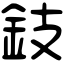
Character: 鈘